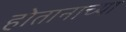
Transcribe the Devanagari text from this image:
होतानाच्या